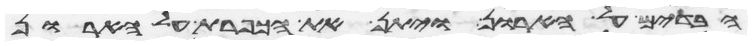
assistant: הבדים על הארון ויתן את הכפרת על הארון